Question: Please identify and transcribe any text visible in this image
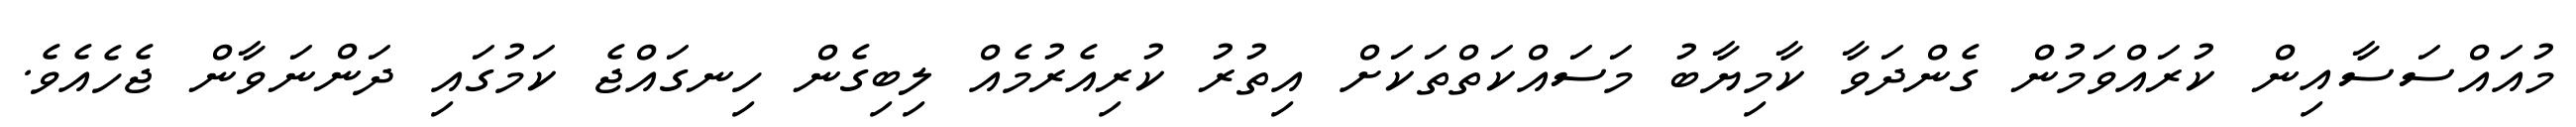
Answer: މުއައްސަސާއިން ކުރައްވަމުން ގެންދަވާ ކާމިޔާބު މަސައްކަތްތަކަށް އިތުރު ކުރިއެރުމެއް ލިބިގެން ހިނގައްޖެ ކަމުގައި ދަންނަވާން ޖެހެއެވެ.